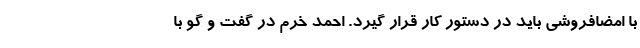
با امضافروشی باید در دستور کار قرار گیرد. احمد خرم در گفت و گو با